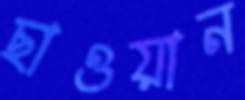
ছাওয়ান